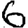
Digit: 6